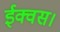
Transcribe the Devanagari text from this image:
ईक्वस।